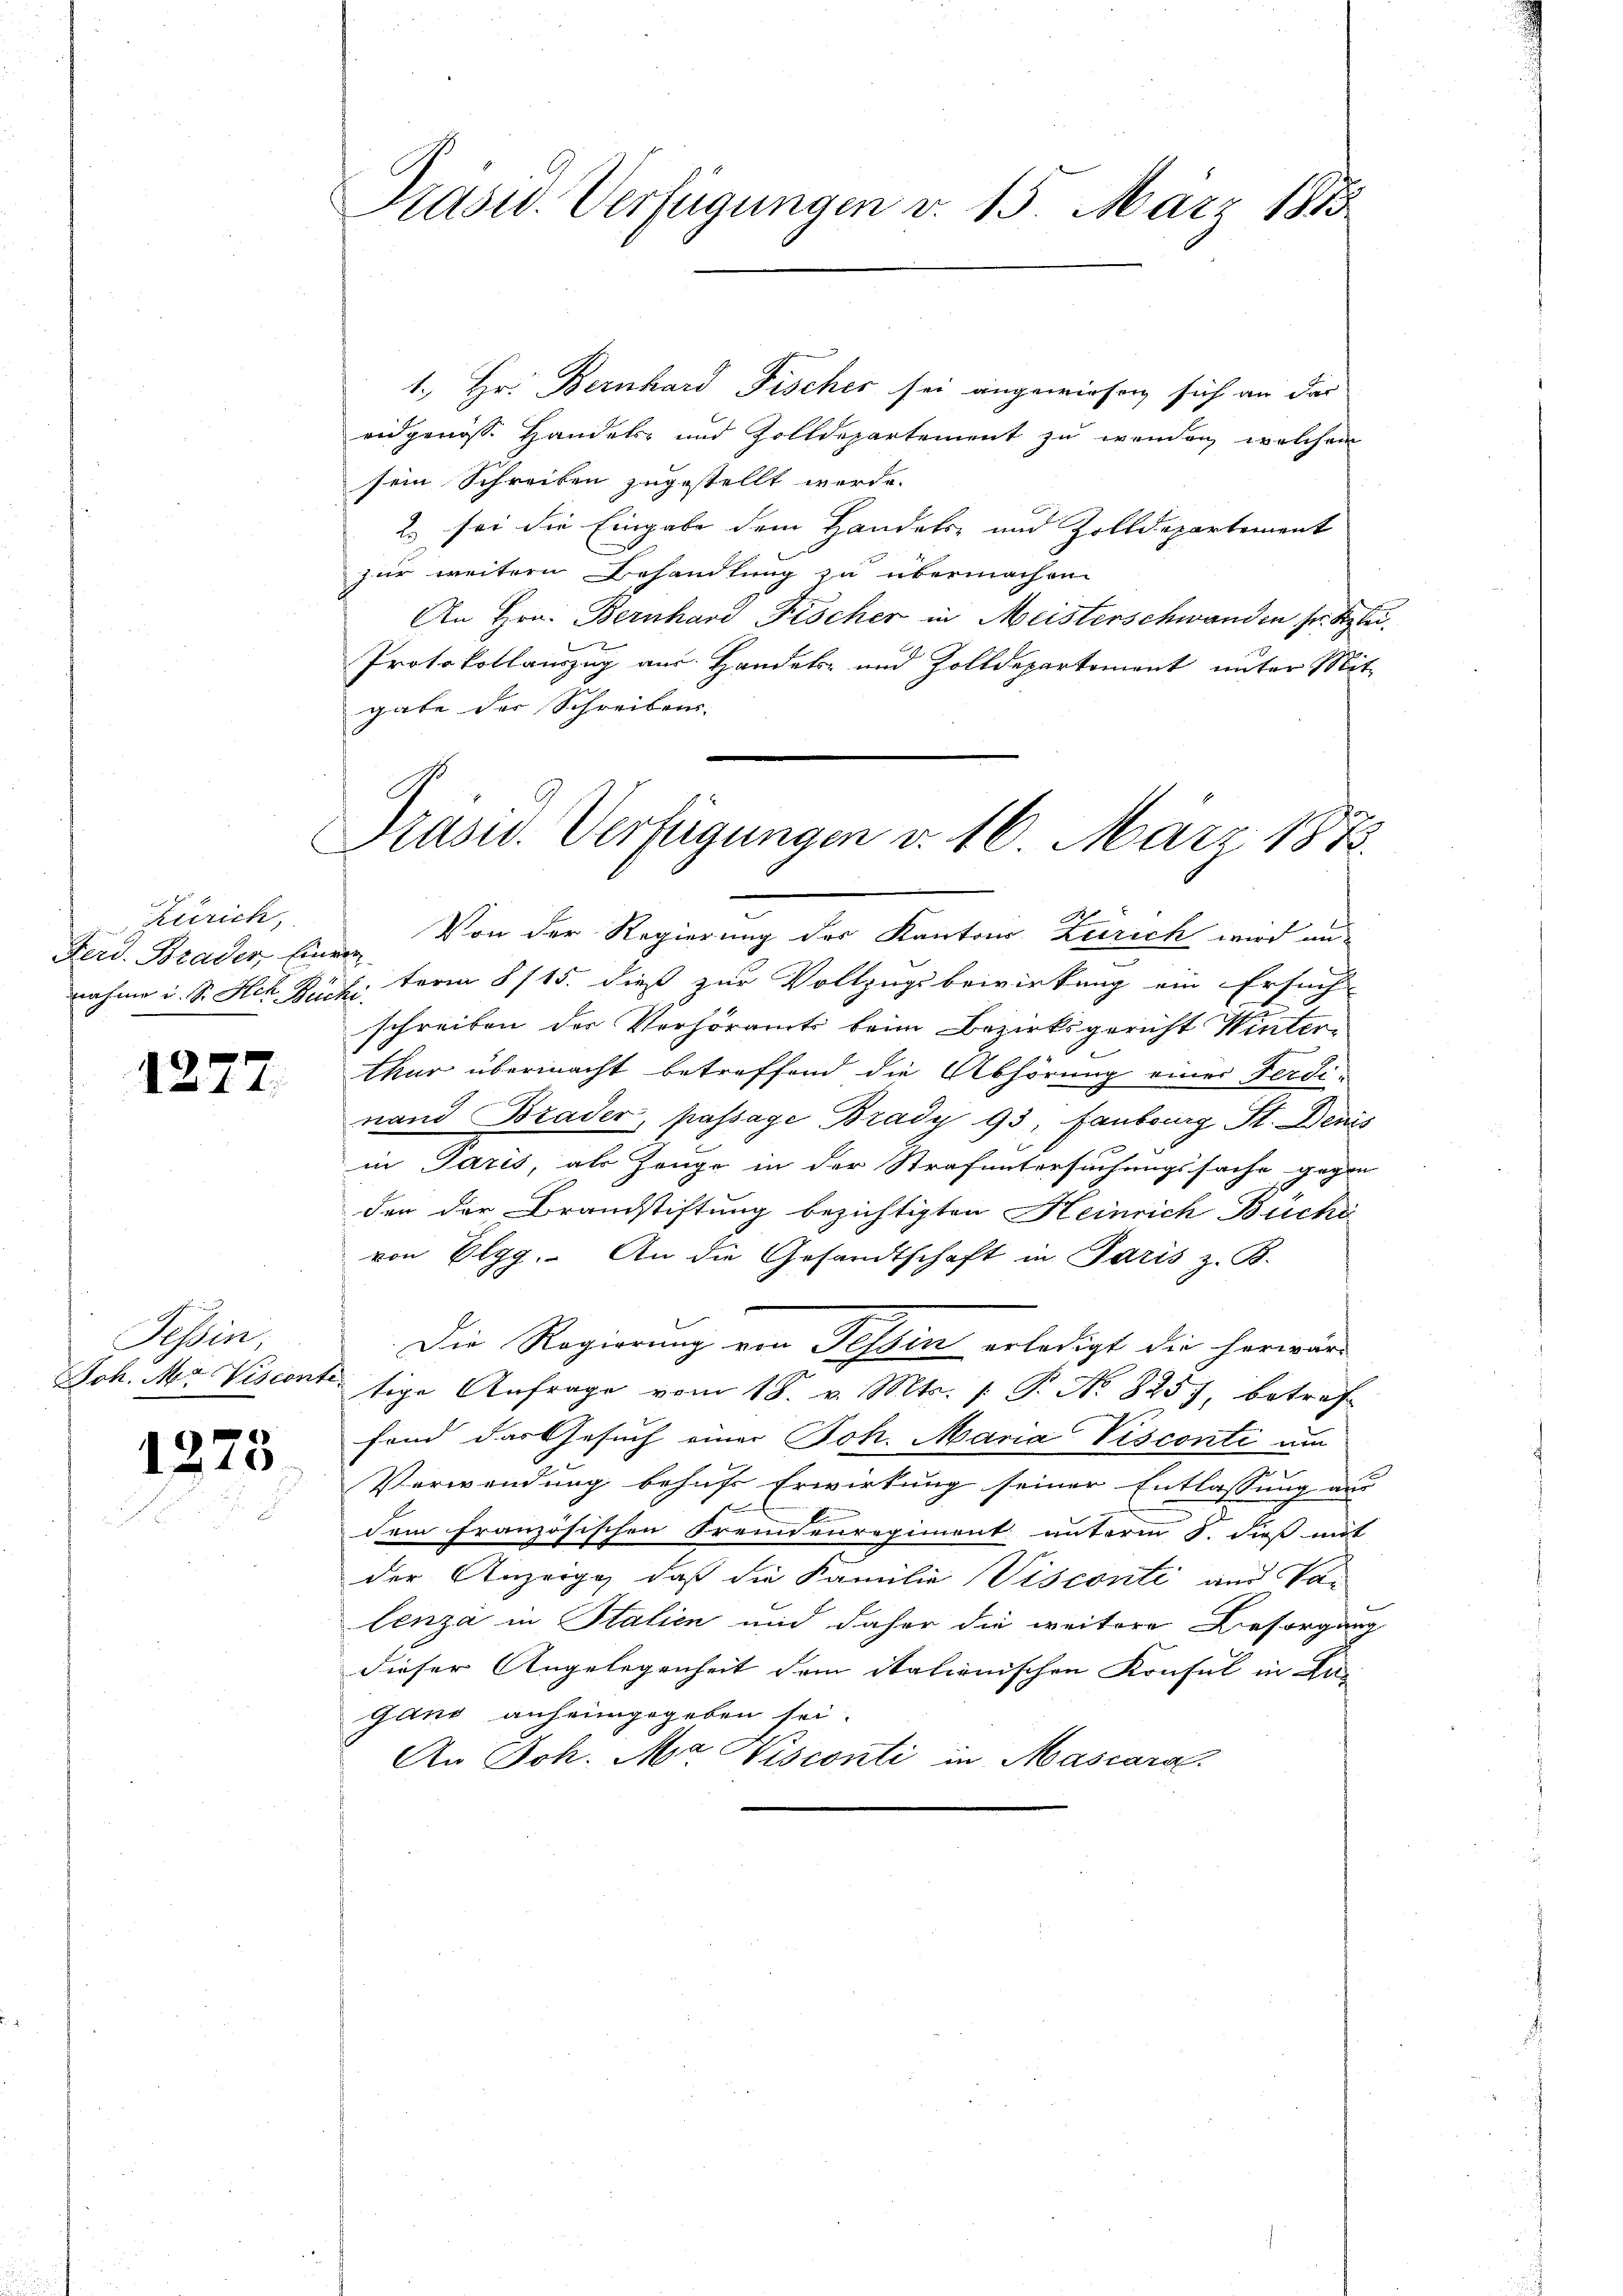
Zürich,
Ferd. Brader Einer

1277.

Tessin,
Joh. Ma Visconti

1275

Präsid. Verfügungen v. 15. März 1833

Prasw. Verfügungen d. 16. März 1873.

1. Hr. Bernhard Fischer sei angewiesen sich an das
eidgenösse Handels- und Zolldepartement zu wenden, welchem
sein Schreiben zugestellt werde.
2) sei die Eingabe dem Handels- und Zolldepartement
zur weitern Behandlung zu übermachen
An Hrn. Bernhard Fischer in Meisterschwanden sr. Stei¬
Protokollauszug aus Handels- und Zolldepartement unter Mit-
gabe der Schreibens-
Von der Regierung des Kantons Zürich wird und
nahme u. S. Hch. Buch, term § 115. dieß zur Vollzugsbewirkung ein Ersuch
schreiben der Verhöramts beim Bezirksgericht Winter¬
Chur übermacht betreffend die Abhörung einer Ferdinand Brader, passage Brady 93, faubourg St. Denis
in Paris, als Zeuge in der Strafuntersuchungssache gegen
den der Brandstiftung bezichtigten Heinrich Buchi
von Elgg. An die Gesandtschaft in Paris z. B.
Die Regierung von Tessin erledigt die herwartige Anfrage vom 18. v. Mts. /: P. No. 8257, betref
fond das Gesuch einer Joh. Maria Visconti am
Verwendung behufs Erwirkung seiner Entlassung aus
A
dem französischen Fremdenregiment unterm 8. dieß mit
der Anzeige, daß die Familie Visconti aus Pa-
lenza in Stalien und daher die weitere Besorgung
dieser Angelegenheit dem itationischen Konsul in Lan
Gano anheimgegeben sei.
An Joh. Mr. Visconti in Mascara.